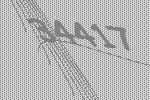
34417